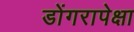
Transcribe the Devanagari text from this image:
डोंगरापेक्षा